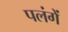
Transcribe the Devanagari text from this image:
पलंगें